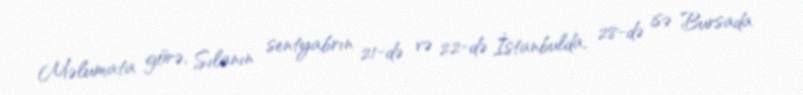
Məlumata görə, Sılanın sentyabrın 21-də və 22-də İstanbulda, 28-də isə Bursada